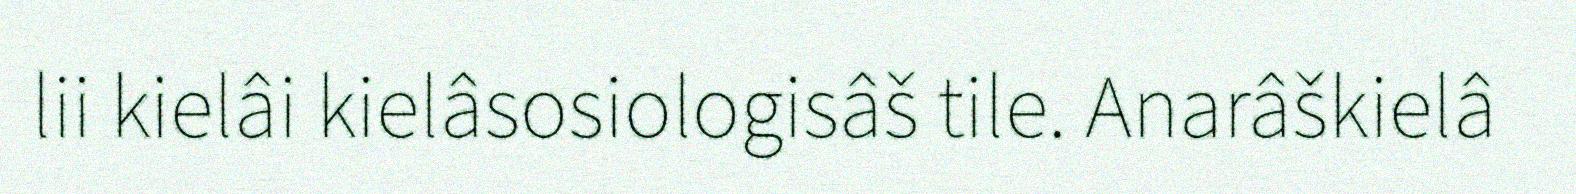
lii kielâi kielâsosiologisâš tile. Anarâškielâ